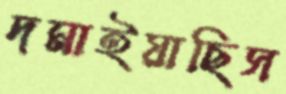
দমাইয়াছিস